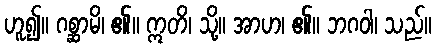
ဟူ၍။ ဂစ္ဆာမိ၊ ၏။ ဣတိ၊ သို့။ အာဟ၊ ၏။ ဘဂဝါ၊ သည်။